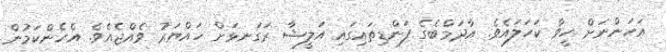
އަހަންނަށް ހީވާ ކަހަލައެވެ. އާދަމްބެގެ ފަންޑިތައިގައި އަލީޝާ ރަގަނޅަށް ހައްޔަރު ވެއްޖެއެވެ. އެހެންކަމުން